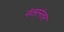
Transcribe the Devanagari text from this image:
नंतरनंतर